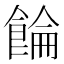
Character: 𲋚